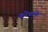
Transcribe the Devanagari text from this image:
कोफ्फे